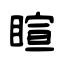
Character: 睻